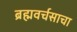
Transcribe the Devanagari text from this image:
ब्रह्मवर्चसाचा